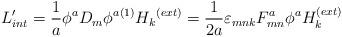
LaTeX: \begin{align*}L_{int}' = \frac{1}{a}\phi^aD_m {\phi^a}^{(1)}{H_k}^{(ext)} = \frac{1}{2a}\varepsilon _{mnk} F_{mn}^a \phi ^aH_k^{(ext)}\end{align*}